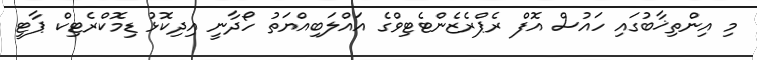
މި އިންތިޚާބުގައި ހައުސް އޮފް ރެޕްރެޒެންޓެޓިވްގެ އައްލަބިއްޔަތު ހޯދާނީ އިދިކޮޅު ޑިމޮކްރެޓިކް ޕާޓީ